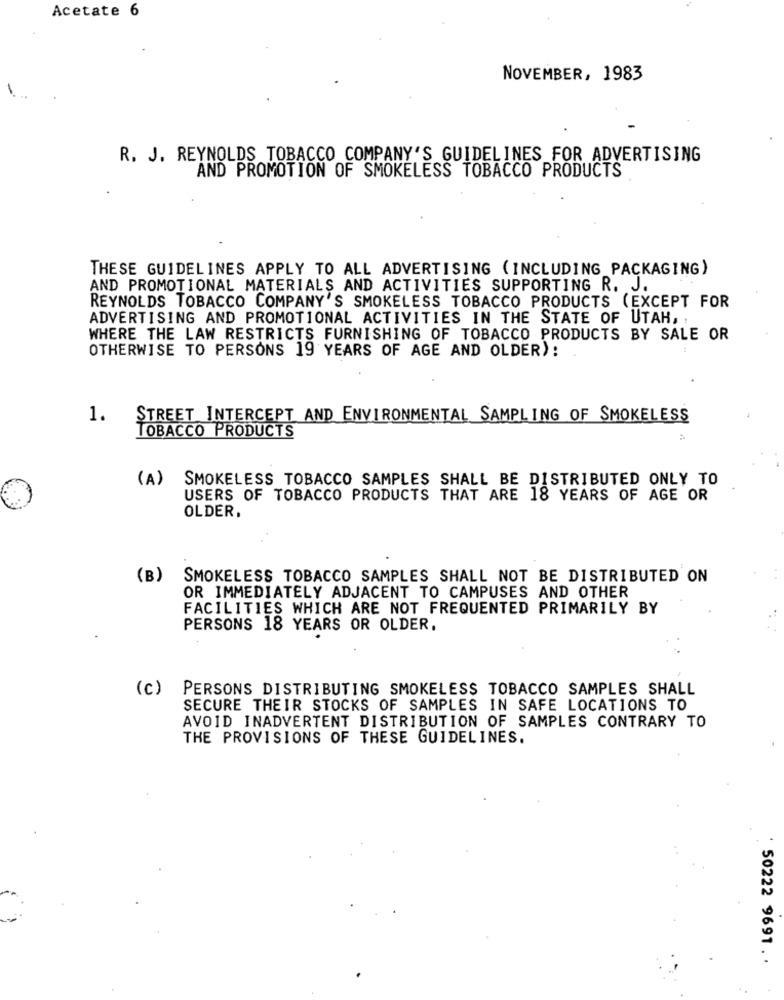
Acetate 6
NOVEMBER, 1983
R. J. REYNOLDS TOBACCO COMPANY'S GUIDELINES FOR ADVERTISING
AND PROMOTION OF SMOKELESS TOBACCO PRODUCTS
THESE GUIDELINES APPLY TO ALL ADVERTISING (INCLUDING PACKAGING)
AND PROMOTIONAL MATERIALS AND ACTIVITIES SUPPORTING R. J.
REYNOLDS TOBACCO COMPANY'S SMOKELESS TOBACCO PRODUCTS (EXCEPT FOR
ADVERTISING AND PROMOTIONAL ACTIVITIES IN THE STATE OF UTAH,
WHERE THE LAW RESTRICTS FURNISHING OF TOBACCO PRODUCTS BY SALE OR
OTHERWISE TO PERSONS 19 YEARS OF AGE AND OLDER):
1.
STREET INTERCEPT AND ENVIRONMENTAL SAMPLING OF SMOKELESS
TOBACCO PRODUCTS
(A)
SMOKELESS TOBACCO SAMPLES SHALL BE DISTRIBUTED ONLY TO
USERS OF TOBACCO PRODUCTS THAT ARE 18 YEARS OF AGE OR
OLDER.
(B)
SMOKELESS TOBACCO SAMPLES SHALL NOT BE DISTRIBUTED ON
OR IMMEDIATELY ADJACENT TO CAMPUSES AND OTHER
FACILITIES WHICH ARE NOT FREQUENTED PRIMARILY BY
PERSONS 18 YEARS OR OLDER.
(c)
PERSONS DISTRIBUTING SMOKELESS TOBACCO SAMPLES SHALL
SECURE THEIR STOCKS OF SAMPLES IN SAFE LOCATIONS TO
AVOID INADVERTENT DISTRIBUTION OF SAMPLES CONTRARY TO
THE PROVISIONS OF THESE GUIDELINES.
50222 9691. .